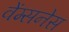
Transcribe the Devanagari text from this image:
वेंग्सनेस